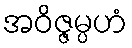
အဝိဇ္ဇမ္ပဟံ